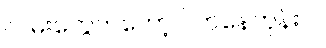
လမ်းတွေကတော့ ပိတ်နေတုန်းပဲ။